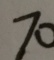
7 0